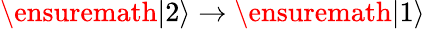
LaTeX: \ensuremath{\left|2\right\rangle}\rightarrow\ensuremath{\left|1\right\rangle}